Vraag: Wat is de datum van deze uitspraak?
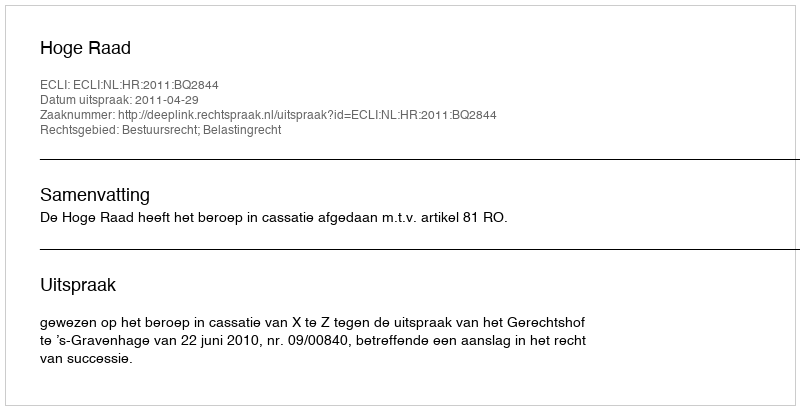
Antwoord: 2011-04-29